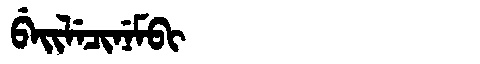
Manchu: ᠪᡝᡳᠯᡝᠴᡳᠨᡝᠮᠪᡳ
Romanization: BEILECINEMBI